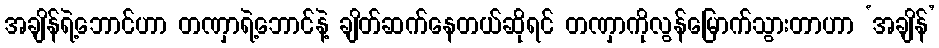
အချိန်ရဲ့ဘောင်ဟာ တဏှာရဲ့ဘောင်နဲ့ ချိတ်ဆက်နေတယ်ဆိုရင် တဏှာကိုလွန်မြောက်သွားတာဟာ ‘အချိန်’